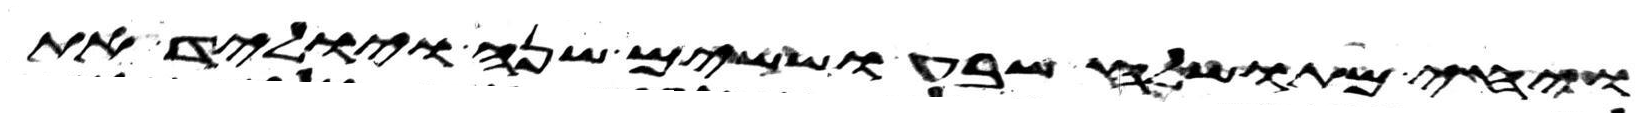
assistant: ויחי מתושלח שבע וששים שנה ויוליד את